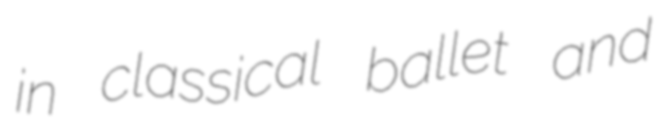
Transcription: in classical ballet and